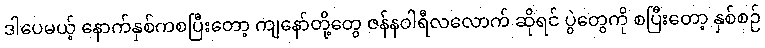
ဒါပေမယ့် နောက်နှစ်ကစပြီးတော့ ကျနော်တို့တွေ ဇန်နဝါရီလလောက် ဆိုရင် ပွဲတွေကို စပြီးတော့ နှစ်စဉ်